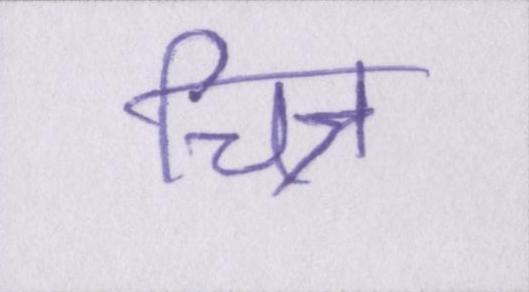
चित्र